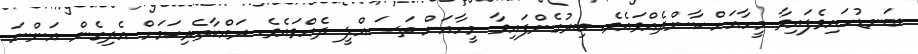
ބަނޑުހައިވެފައިވާ މީހާއަށް ކާންދެއްވައެވެ. ބިރުގެންފައިވާ މީހާއަށް ތަސައްލީ ދެއްވައެވެ. ރައްކާތެރިކަމަށް އެދިގެން އަންނަ